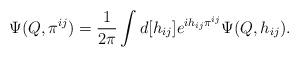
LaTeX: \begin{align*}\Psi(Q,\pi^{ij}) = \frac{1}{2\pi}\int d[h_{ij}] e^{i h_{ij}\pi^{ij}} \Psi(Q,h_{ij}).\end{align*}